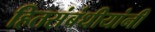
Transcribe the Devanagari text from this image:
हितसंबंधीयांनी